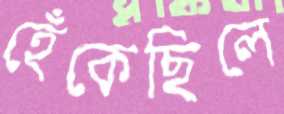
হেঁকেছিলে